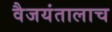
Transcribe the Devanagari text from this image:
वैजयंतालाच